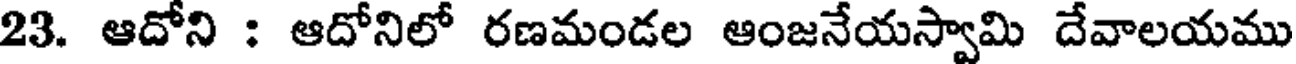
23. ఆదోని : ఆదోనిలో రణమండల ఆంజనేయస్వామి దేవాలయము